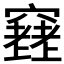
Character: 𥨮